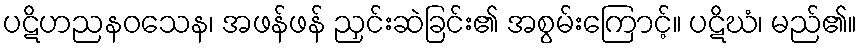
ပဋိဟညနဝသေန၊ အဖန်ဖန် ညှင်းဆဲခြင်း၏ အစွမ်းကြောင့်။ ပဋိဃံ၊ မည်၏။